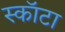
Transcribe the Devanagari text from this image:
स्कॉटा